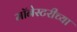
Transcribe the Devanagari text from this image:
मॉनेस्टरीच्या